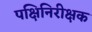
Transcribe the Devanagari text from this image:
पक्षिनिरीक्षक